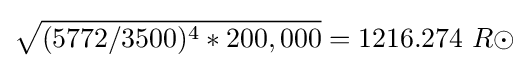
{\sqrt {(5772/3500)^{4}*200,000}}=1216.274\ R\odot